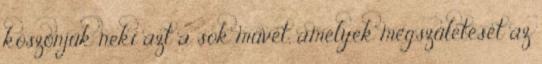
köszönjük neki azt a sok művet, amelyek megszületését az